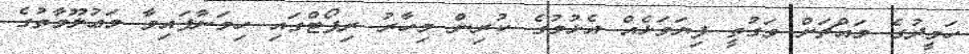
ހަމީދުގެ މައްޗަށް ވަގުތީ ފިޔަވަޅެއް އެޅުމުގެ ކުރިން މިހާރު ރިޕޯޓްގައި ހިމަނާފައިވާ މަޢުލޫމާތުގެ